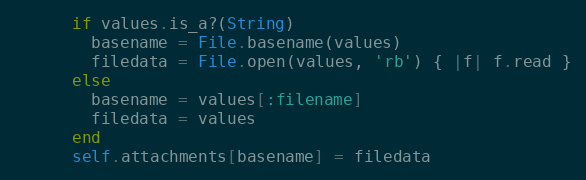
Language: Ruby
      if values.is_a?(String)
        basename = File.basename(values)
        filedata = File.open(values, 'rb') { |f| f.read }
      else
        basename = values[:filename]
        filedata = values
      end
      self.attachments[basename] = filedata